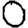
Digit: 0